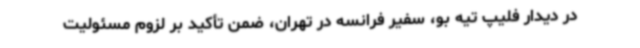
در دیدار فلیپ تیه بو، سفیر فرانسه در تهران، ضمن تأکید بر لزوم مسئولیت‌